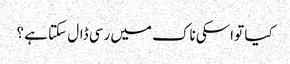
کیا تو اسکی ناک میں رسی ڈال سکتا ہے ؟